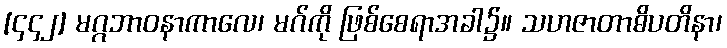
[၄၄၂] မဂ္ဂဘာဝနာကာလေ၊ မဂ်ကို ဖြစ်စေရာအခါ၌။ သဟဇာတာဓိပတိနာ၊